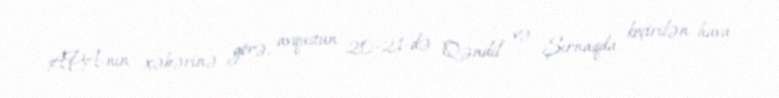
APA-nın xəbərinə görə, avqustun 20-21-də Qəndil və Şırnaqda keçirilən hava